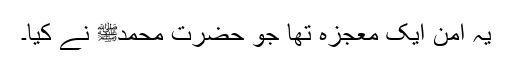
یہ امن ایک معجزہ تھا جو حضرت محمدﷺ نے کیا۔